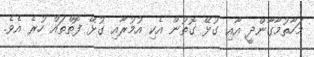
މަހާތުމާގާންދީ އާއި ގުޅޭ ގޮތުން އެކި އުމުރާއި ގުޅޭ ފޮތްތައް ހުރެ އެވެ.